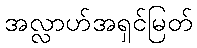
အလ္လာဟ်အရှင်မြတ်